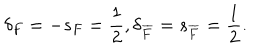
\delta _ { F } = - s _ { F } = \frac { 1 } { 2 } , \delta _ { \overline { { F } } } = s _ { \overline { { F } } } = \frac { 1 } { 2 } .